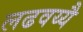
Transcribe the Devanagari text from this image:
लढवय्यै